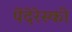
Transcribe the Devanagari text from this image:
पेंदेरेस्की